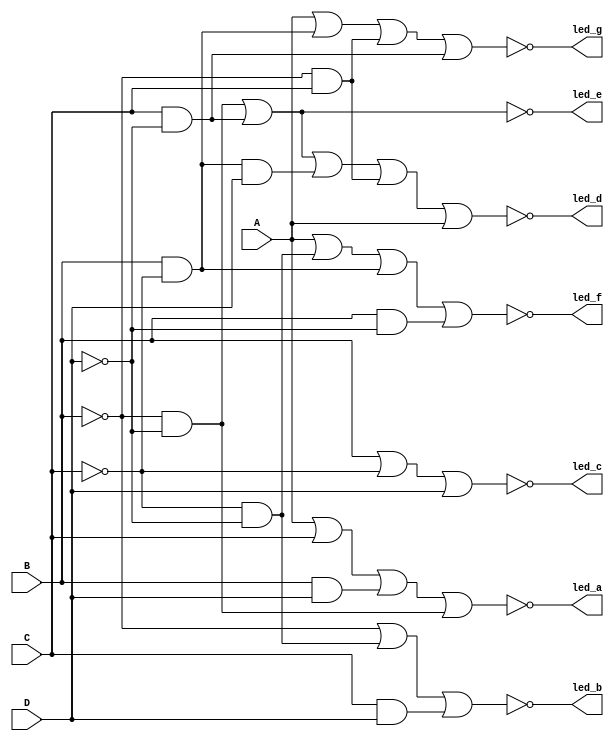
/* AUTHOR(S):  Course Instructors 
mohamed sabry mahmoud shehab eldean>>>sec:17
Dr. Ahmed Shalaby, Dr. Fatam Saker,
 Eng. Aya Hatem, Eng Mostafa , Eng. Aya Abdel-Hamid, Eng. Miada, Eng. Abdu-Allah 
 Project: CS222: Computer Architecture Labs //   
 Module Name : decoder_7seg
 Description: seven segment decoder using logic equations 
A seven-segment display decoder takes a 4-bit data input A, B, C, D 
and produces seven outputs to control light-emitting diodes to display
a digit from 0 to 9.  
*/
//###############################################################################
// --------------------------  decoder_7seg    ------------------------------- //
module decoder_7seg (A, B, C, D, led_a, led_b, led_c, led_d, led_e, led_f, led_g);
// -------------------------- Inputs Declarations ---------------------------- //
input A, B, C, D;
// ------------------------- Outputs Declarations ---------------------------- //
output led_a, led_b, led_c, led_d, led_e, led_f, led_g;
// --------------------------- Wire Declarations ----------------------------- // 
// ---------------------------- Reg Declarations ----------------------------- //
// ------------------------- Instantiation Modules --------------------------- //
// --------------------------------------------------------------------------- //
// --------------------------------------------------------------------------- //
// ----------------------- Combinational Logic  ------------------------------ //
/* Be aware that the leds are common anode  */
assign led_a = ~(A | C | B&D | ~B&~D);
assign led_b = ~(~B | ~C&~D | C&D);
assign led_c = ~(B | ~C | D);
assign led_d = ~(~B&~D | C&~D | B&~C&D | ~B&C |A);
assign led_e = ~(~B&~D | C&~D);
assign led_f = ~(A | ~C&~D | B&~C | B&~D);
assign led_g = ~(A | B&~C | ~B&C | C&~D);
// ----------------------- Sequential  Logic  -------------------------------- //
// --------------------------------------------------------------------------- //
endmodule
// ----------------------------- End of File --------------------------------- //
// --------------------------------------------------------------------------- //